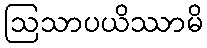
ဩသာပယိဿာမိ